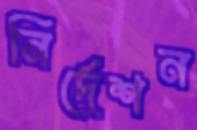
নির্দেশন